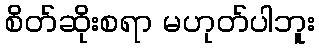
စိတ်ဆိုးစရာ မဟုတ်ပါဘူး